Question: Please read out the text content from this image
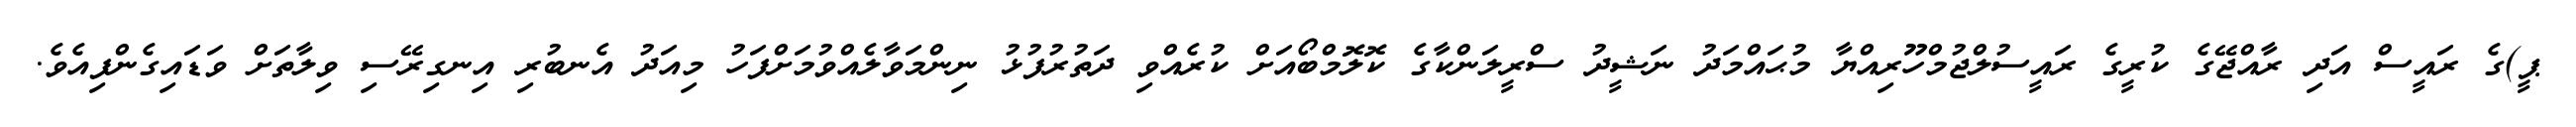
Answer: ޕީ)ގެ ރައީސް އަދި ރާއްޖޭގެ ކުރީގެ ރައީސުލްޖުމްހޫރިއްޔާ މުޙައްމަދު ނަޝީދު ސްރީލަންކާގެ ކޮލޮމްބޯއަށް ކުރެއްވި ދަތުރުފުޅު ނިންމަވާލެއްވުމަށްފަހު މިއަދު އެނބުރި އިނގިރޭސި ވިލާތަށް ވަޑައިގެންފިއެވެ.